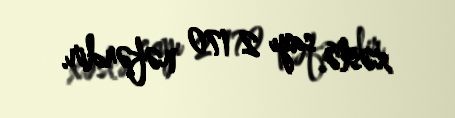
xəstə sayı 2 170 nəfərdir.